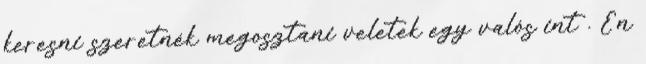
keresni szeretnék megosztani veletek egy valós int . Én